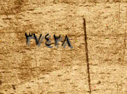
٣٧٤٢٨